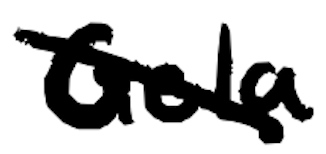
Text: Gela
Cross-out: diagonal
Writing tool: digital_black